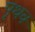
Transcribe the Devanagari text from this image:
पृथक्‍